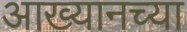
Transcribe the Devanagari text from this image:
आख्यानच्या